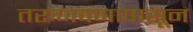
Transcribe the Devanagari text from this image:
तरुणपणापासून